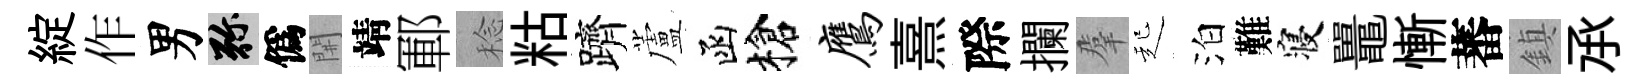
綻作男弥僞𨳩靖鄆稔䊀躋蘆函槍鹰熹際攔羣起泊難寝鼉慚蕃鎮𠄘